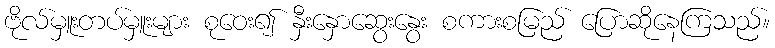
ဗိုလ်မှူးတပ်မှူးများ စုဝေး၍ နှီးနှောဆွေးနွေး စကားစမြည် ပြောဆိုနေကြသည်။